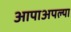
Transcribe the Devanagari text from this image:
आपाअपल्या